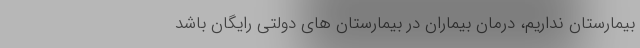
بیمارستان نداریم، درمان بیماران در بیمارستان های دولتی رایگان باشد